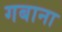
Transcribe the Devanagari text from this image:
गबाना